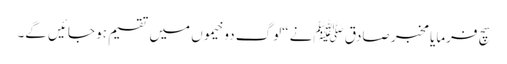
سچ فرمایا مخبر صادق ﷺنے “لوگ دو خیموں میں تقسیم ہو جائیں گے۔